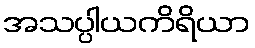
အသပ္ပါယကိရိယာ